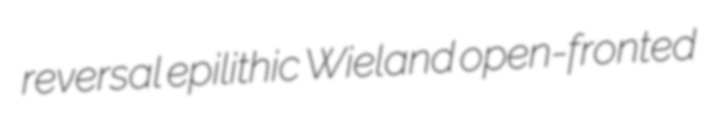
reversal epilithic Wieland open-fronted